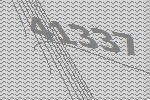
41337